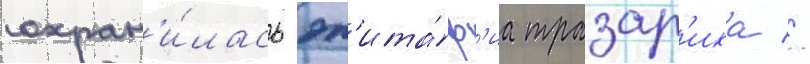
сохран'и́лась эп'ита́ф'иа тразар'иха //